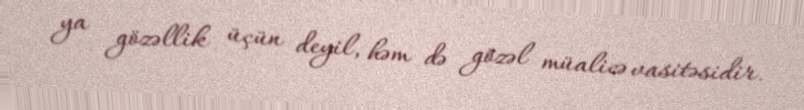
ya gözəllik üçün deyil, həm də gözəl müalicə vasitəsidir.